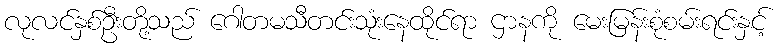
လုလင်နှစ်ဦးတို့သည် ဂေါတမသီတင်းသုံးနေထိုင်ရာ ဌာနကို မေးမြန်းစုံစမ်းရင်းနှင့်